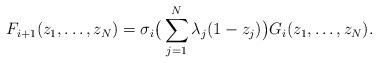
LaTeX: \begin{align*}F_{i+1}(z_1,\dots,z_N) = \sigma_i\big(\sum_{j=1}^N \lambda_j(1-z_j)\big) G_i(z_1,\dots,z_N).\end{align*}